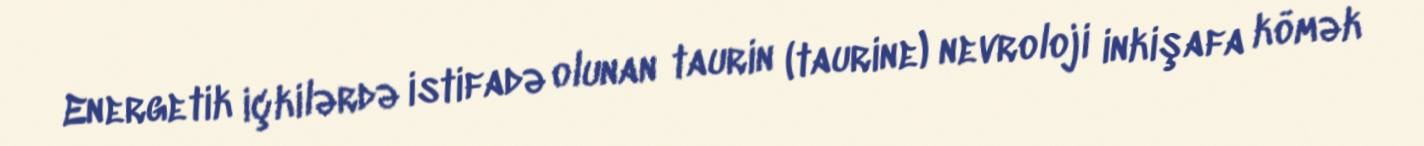
Energetik içkilərdə istifadə olunan taurin (taurine) nevroloji inkişafa kömək